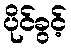
ပိုင်ခွင့်